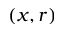
( x , r )